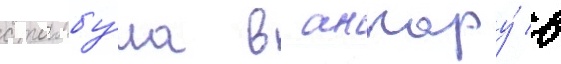
стамбу́ла в анкару́ в